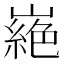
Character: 𭗜